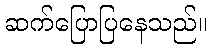
ဆက်ပြောပြနေသည်။